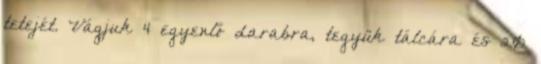
tetejét. Vágjuk 4 egyenlő darabra, tegyük tálcára és 20